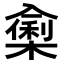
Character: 𭁁